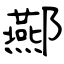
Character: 酀